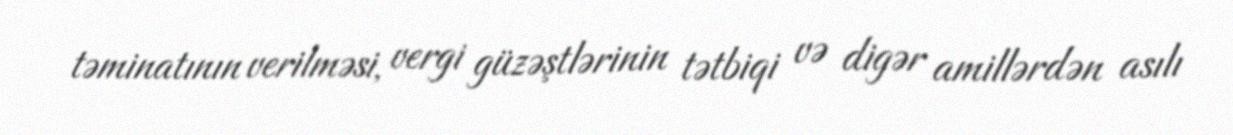
təminatının verilməsi, vergi güzəştlərinin tətbiqi və digər amillərdən asılı